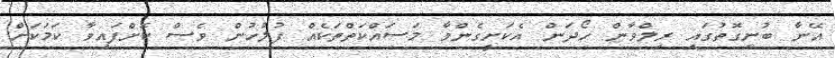
އޭނާ ބުނިގޮތުގައި ރިލްވާން ހޯދަން އެކަށީގެންވާ މަސައްކަތްތަކެއް ފުލުހުން ވެސް ކޮށްފައިވާ ކަމަކަށް